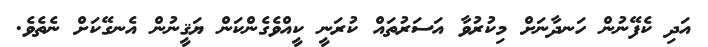
އަދި ކެފޭނުން ހަނދާނަށް މިކުރުވާ އަސަރުތައް ކުރަނީ ކީއްވެގެންކަން ޔަޤީނުން އެނގޭކަށް ނެތެވެ.